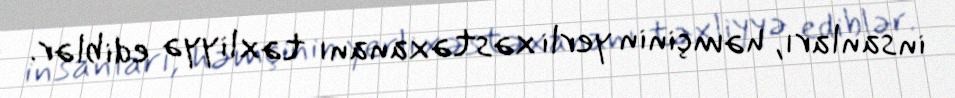
insanları, həmçinin yerli xəstəxananı təxliyyə ediblər.